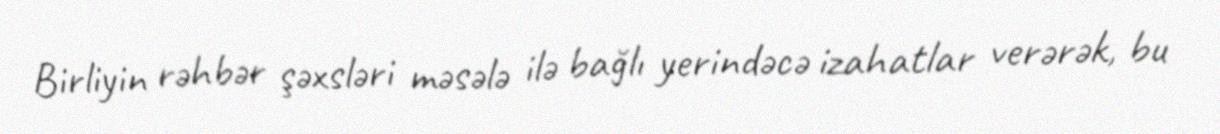
Birliyin rəhbər şəxsləri məsələ ilə bağlı yerindəcə izahatlar verərək, bu